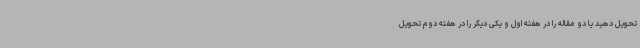
تحویل دهید یا دو مقاله را در هفته اول و یکی دیگر را در هفته دوم تحویل